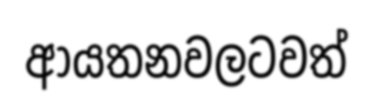
ආයතනවලටවත්